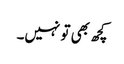
کچھ بھی تو نہیں۔